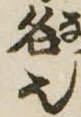
名也